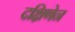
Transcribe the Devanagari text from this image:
दक्षिणेन